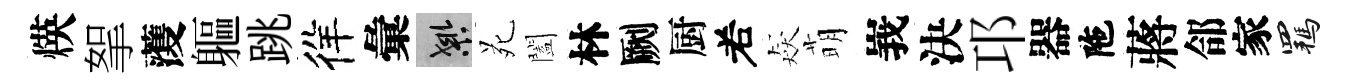
煐挐𮑮軀跳徉彙良苑闔林劂厨𠰥猋萌峩決邛器陁蔣郃家羈